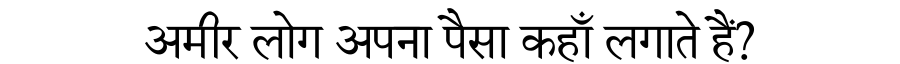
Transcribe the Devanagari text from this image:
अमीर लोग अपना पैसा कहाँ लगाते हैं?